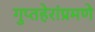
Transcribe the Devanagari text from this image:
गुप्तहेरांप्रमणे